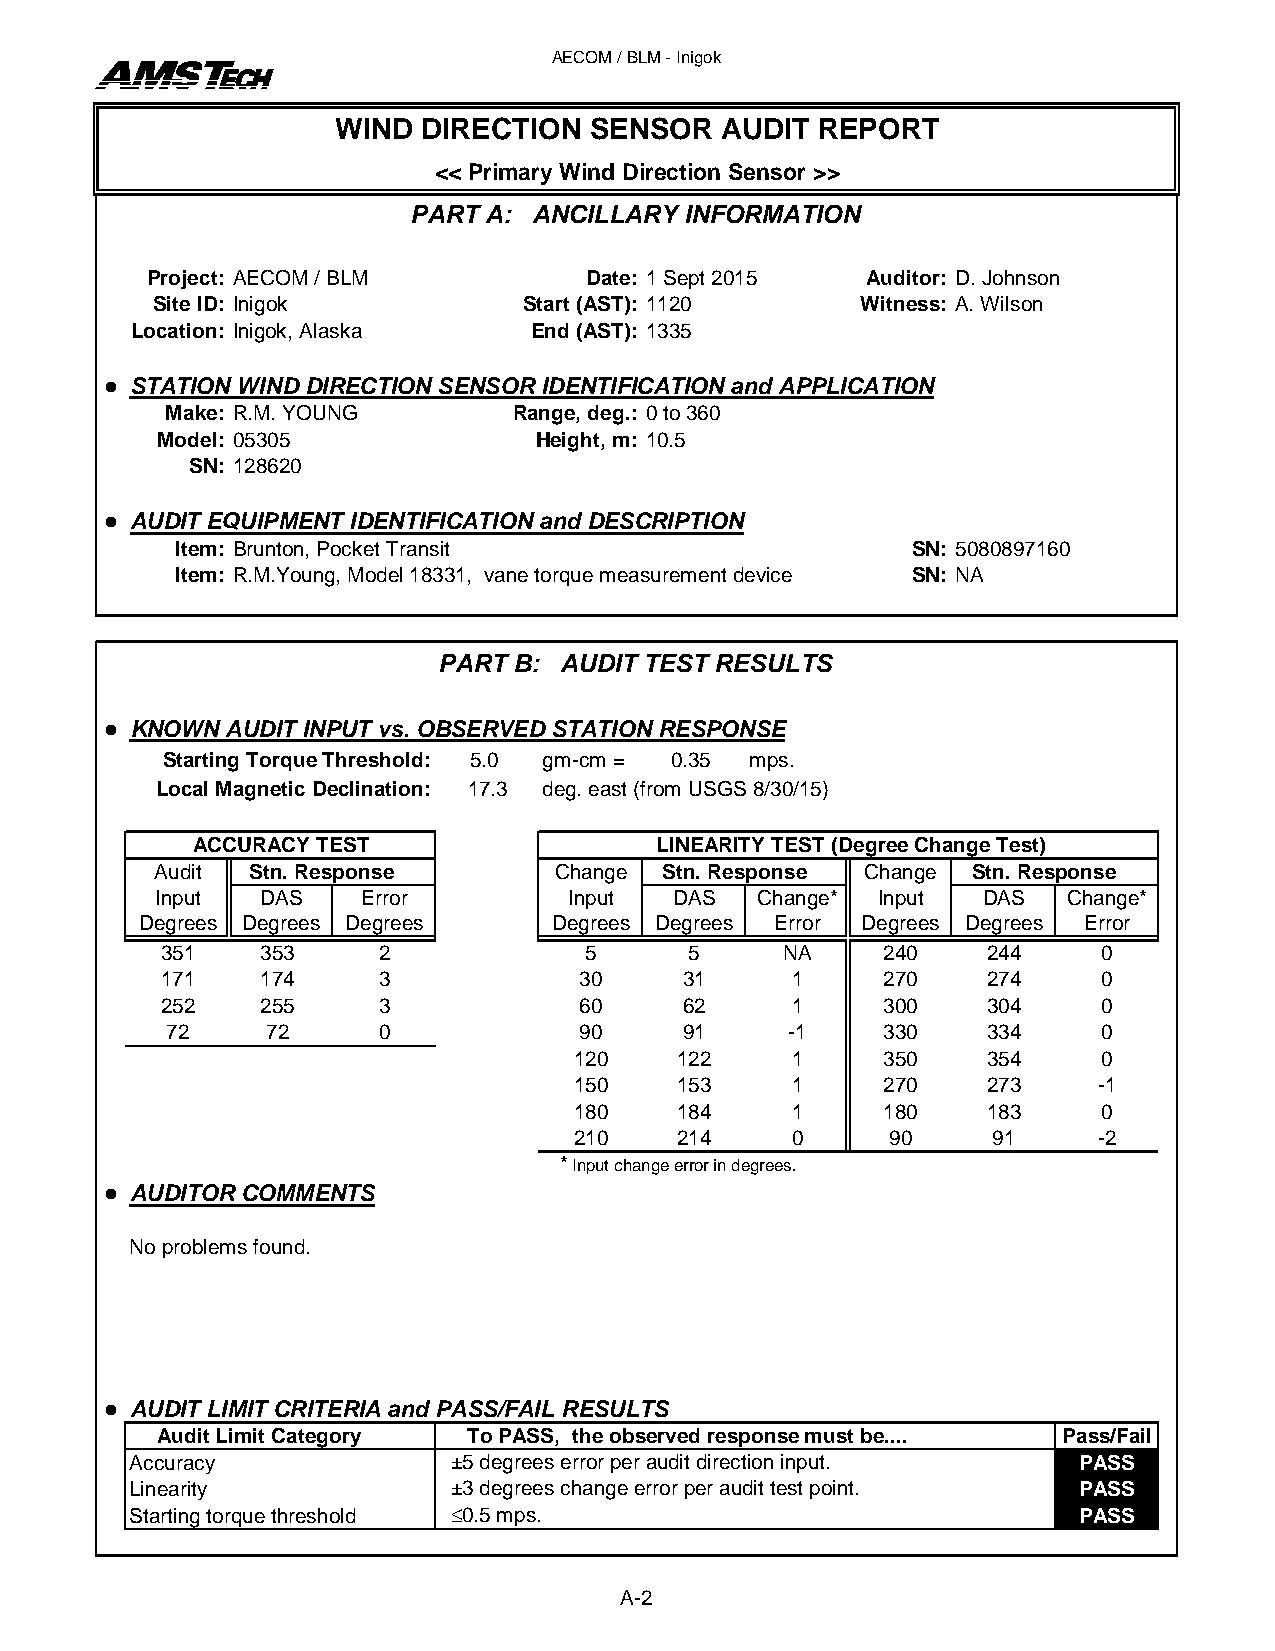
AECOM / BLM - Inigok
 WIND DIRECTION   SENSOR  AUDIT  REPORT
 << Primary Wind Direction Sensor >>
 PART A: ANCILLARY INFORMATION
 Project: AECOM / BLM         Date: 1 Sept 2015  Auditor: D. Johnson
 Site ID: Inigok         Start (AST): 1120     Witness: A. Wilson
 Location: Inigok, Alaska   End (AST): 1335
  STATION WIND DIRECTION SENSOR IDENTIFICATION and APPLICATION
 Make: R.M. YOUNG       Range, deg.: 0 to 360
 Model: 05305             Height, m: 10.5
 SN: 128620
  AUDIT EQUIPMENT IDENTIFICATION and DESCRIPTION
 Item: Brunton, Pocket Transit                    SN: 5080897160
 Item: R.M.Young, Model 18331, vane torque measurement device SN: NA
 PART B: AUDIT TEST RESULTS
  KNOWN AUDIT INPUT vs. OBSERVED STATION RESPONSE
 Starting Torque Threshold: 5.0 gm-cm = 0.35 mps.
 Local Magnetic Declination: 17.3 deg. east (from USGS 8/30/15)
 ACCURACY TEST                  LINEARITY TEST (Degree Change Test)
 Audit Stn. Response       Change Stn. Response Change Stn. Response
 Input  DAS   Error         Input  DAS   Change* Input  DAS  Change*
 Degrees Degrees Degrees    Degrees Degrees Error Degrees Degrees Error
 351    353     2            5      5     NA     240    244    0
 171    174     3            30     31     1     270    274    0
 252    255     3            60     62     1     300    304    0
 72    72      0            90     91     -1    330    334    0
 120    122     1     350    354    0
 150    153     1     270    273    -1
 180    184     1     180    183    0
 210    214     0     90     91     -2
 * Input change error in degrees.
  AUDITOR COMMENTS
 No problems found.
  AUDIT LIMIT CRITERIA and PASS/FAIL RESULTS
 Audit Limit Category To PASS, the observed response must be.... Pass/Fail
 Accuracy             ±5 degrees error per audit direction input. PASS
 Linearity            ±3 degrees change error per audit test point. PASS
 Starting torque threshold ≤0.5 mps.                            PASS
 A-2